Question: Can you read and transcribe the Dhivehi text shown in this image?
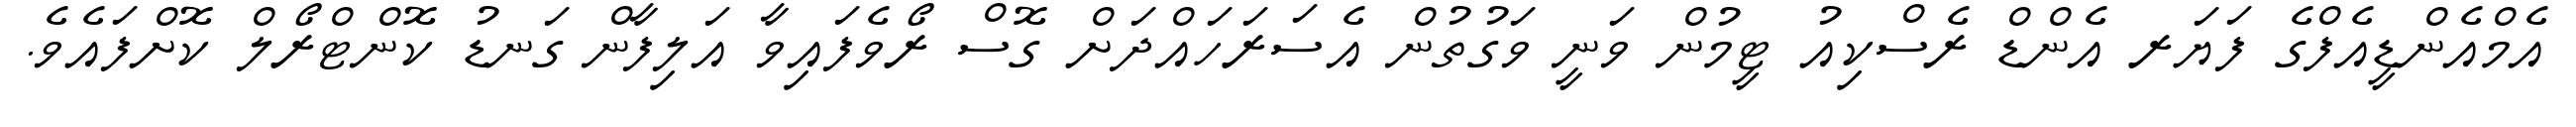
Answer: އެމްއެންޑީއެފްގެ ފަޔަރ އެންޑް ރެސްކިއު ޓީމުން ވަނީ ވަގުތުން އެސަރަހައްދަށް ގޮސް ރޯވެފައިވާ އަލިފާން ގަނޑު ކޮންޓްރޯލް ކޮށްފައެވެ.